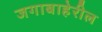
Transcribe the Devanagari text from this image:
जगाबाहेरील